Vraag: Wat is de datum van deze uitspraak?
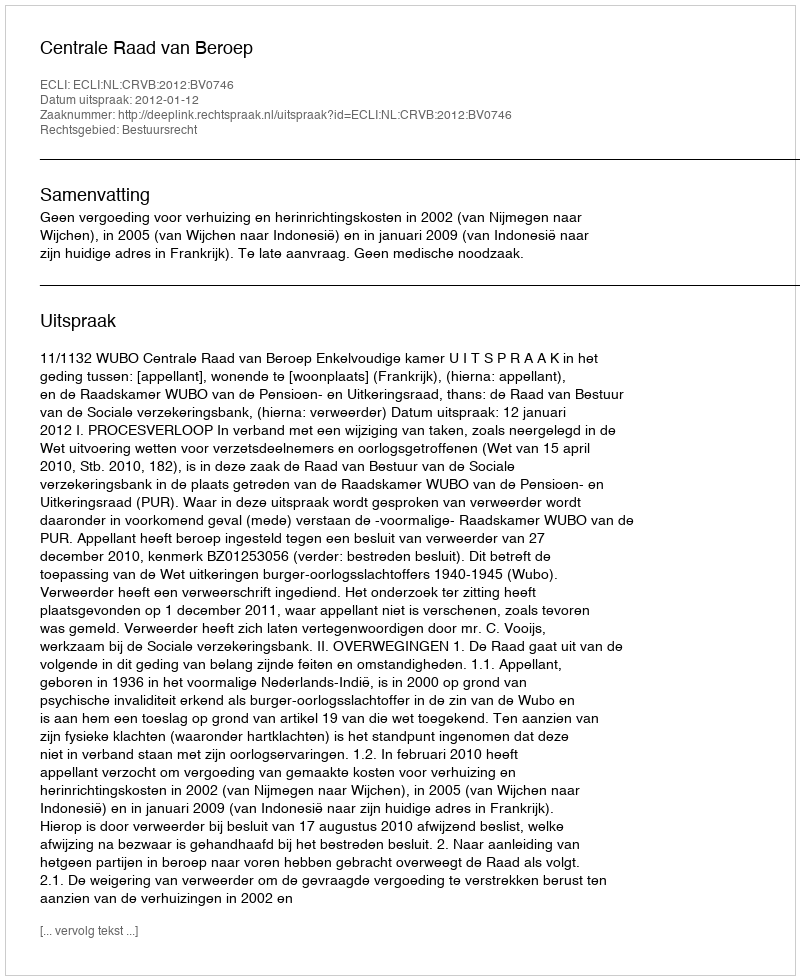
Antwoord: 2012-01-12